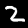
Digit: 2